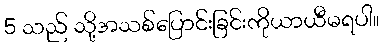
5 သည် သို့အသစ်ပြောင်းခြင်းကိုယာယီမရပါ။